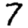
Digit: 7